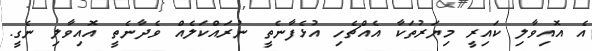
އެ އޮއިވާލި ކައިރީ މިޔަރުތަކާ އެއްޗެހި އުޅެފާނެތީ ނުރައްކަލެއް ވެދާނެތީ އޮއިވާލި ނެގީ.